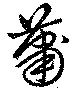
蕭